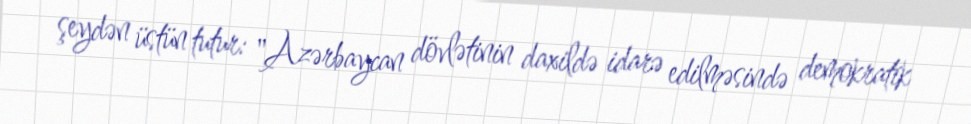
şeydən üstün tutur: "Azərbaycan dövlətinin daxildə idarə edilməsində demokratik